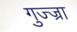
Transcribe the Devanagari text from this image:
गुज्ज्रा